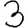
Digit: 3